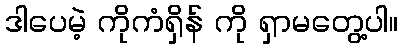
ဒါပေမဲ့ ကိုကံရှိန် ကို ရှာမတွေ့ပါ။